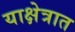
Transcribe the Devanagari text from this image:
याक्षेत्रात